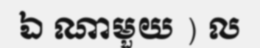
ឯ ណាមួយ ) ល